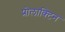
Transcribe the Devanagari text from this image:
प्रोलाक्टिन